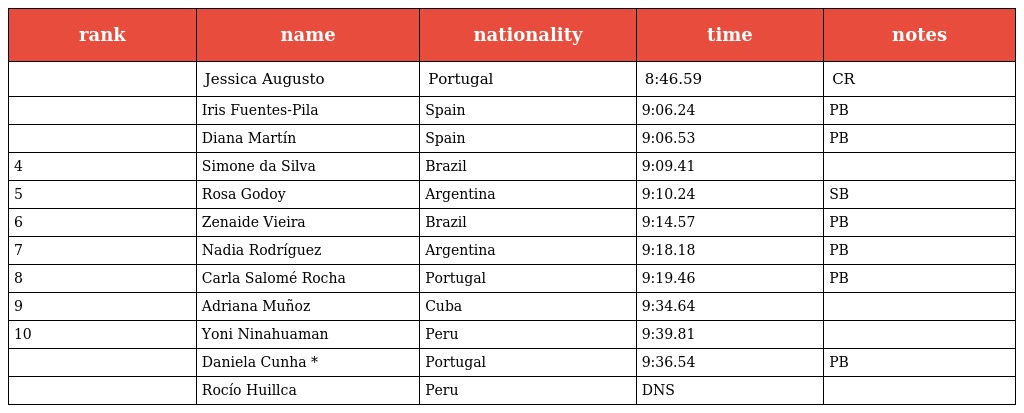
| rank | name | nationality | time | notes |
 | --- | --- | --- | --- | --- |
 |  | Jessica Augusto | Portugal | 8:46.59 | CR |
 |  | Iris Fuentes-Pila | Spain | 9:06.24 | PB |
 |  | Diana Martín | Spain | 9:06.53 | PB |
 | 4 | Simone da Silva | Brazil | 9:09.41 |  |
 | 5 | Rosa Godoy | Argentina | 9:10.24 | SB |
 | 6 | Zenaide Vieira | Brazil | 9:14.57 | PB |
 | 7 | Nadia Rodríguez | Argentina | 9:18.18 | PB |
 | 8 | Carla Salomé Rocha | Portugal | 9:19.46 | PB |
 | 9 | Adriana Muñoz | Cuba | 9:34.64 |  |
 | 10 | Yoni Ninahuaman | Peru | 9:39.81 |  |
 |  | Daniela Cunha * | Portugal | 9:36.54 | PB |
 |  | Rocío Huillca | Peru | DNS |  |